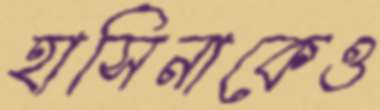
হাসিনাকেও